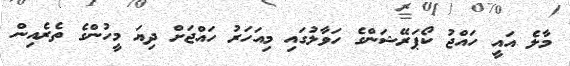
މާލެ އައީ ހައްޖު ކޯޕަރޭޝަންގެ ހަވާލުގައި މިއަހަރު ހައްޖަށް ދިޔަ މީހުންގެ ތެރެއިން